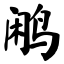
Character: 鹇